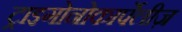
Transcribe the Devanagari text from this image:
ट्राइगोनोकार्पेलीज़